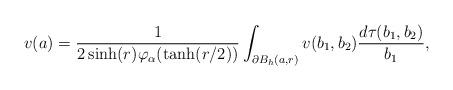
LaTeX: \begin{align*}v(a)=\frac{1}{2\sinh (r)\varphi _\alpha (\tanh(r/2))}\int_{\partial B_h(a,r)}v(b_1,b_2)\frac{d\tau (b_1,b_2)}{b_1},\end{align*}